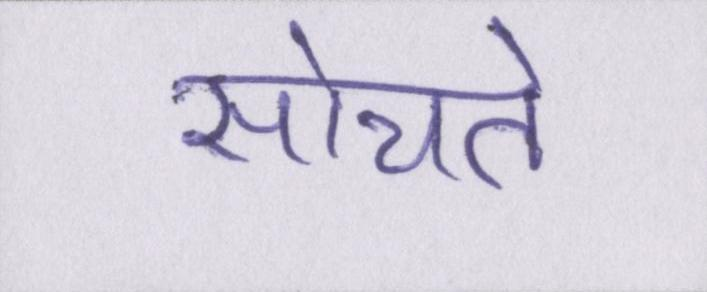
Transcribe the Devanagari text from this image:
सोचते